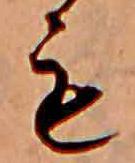
も